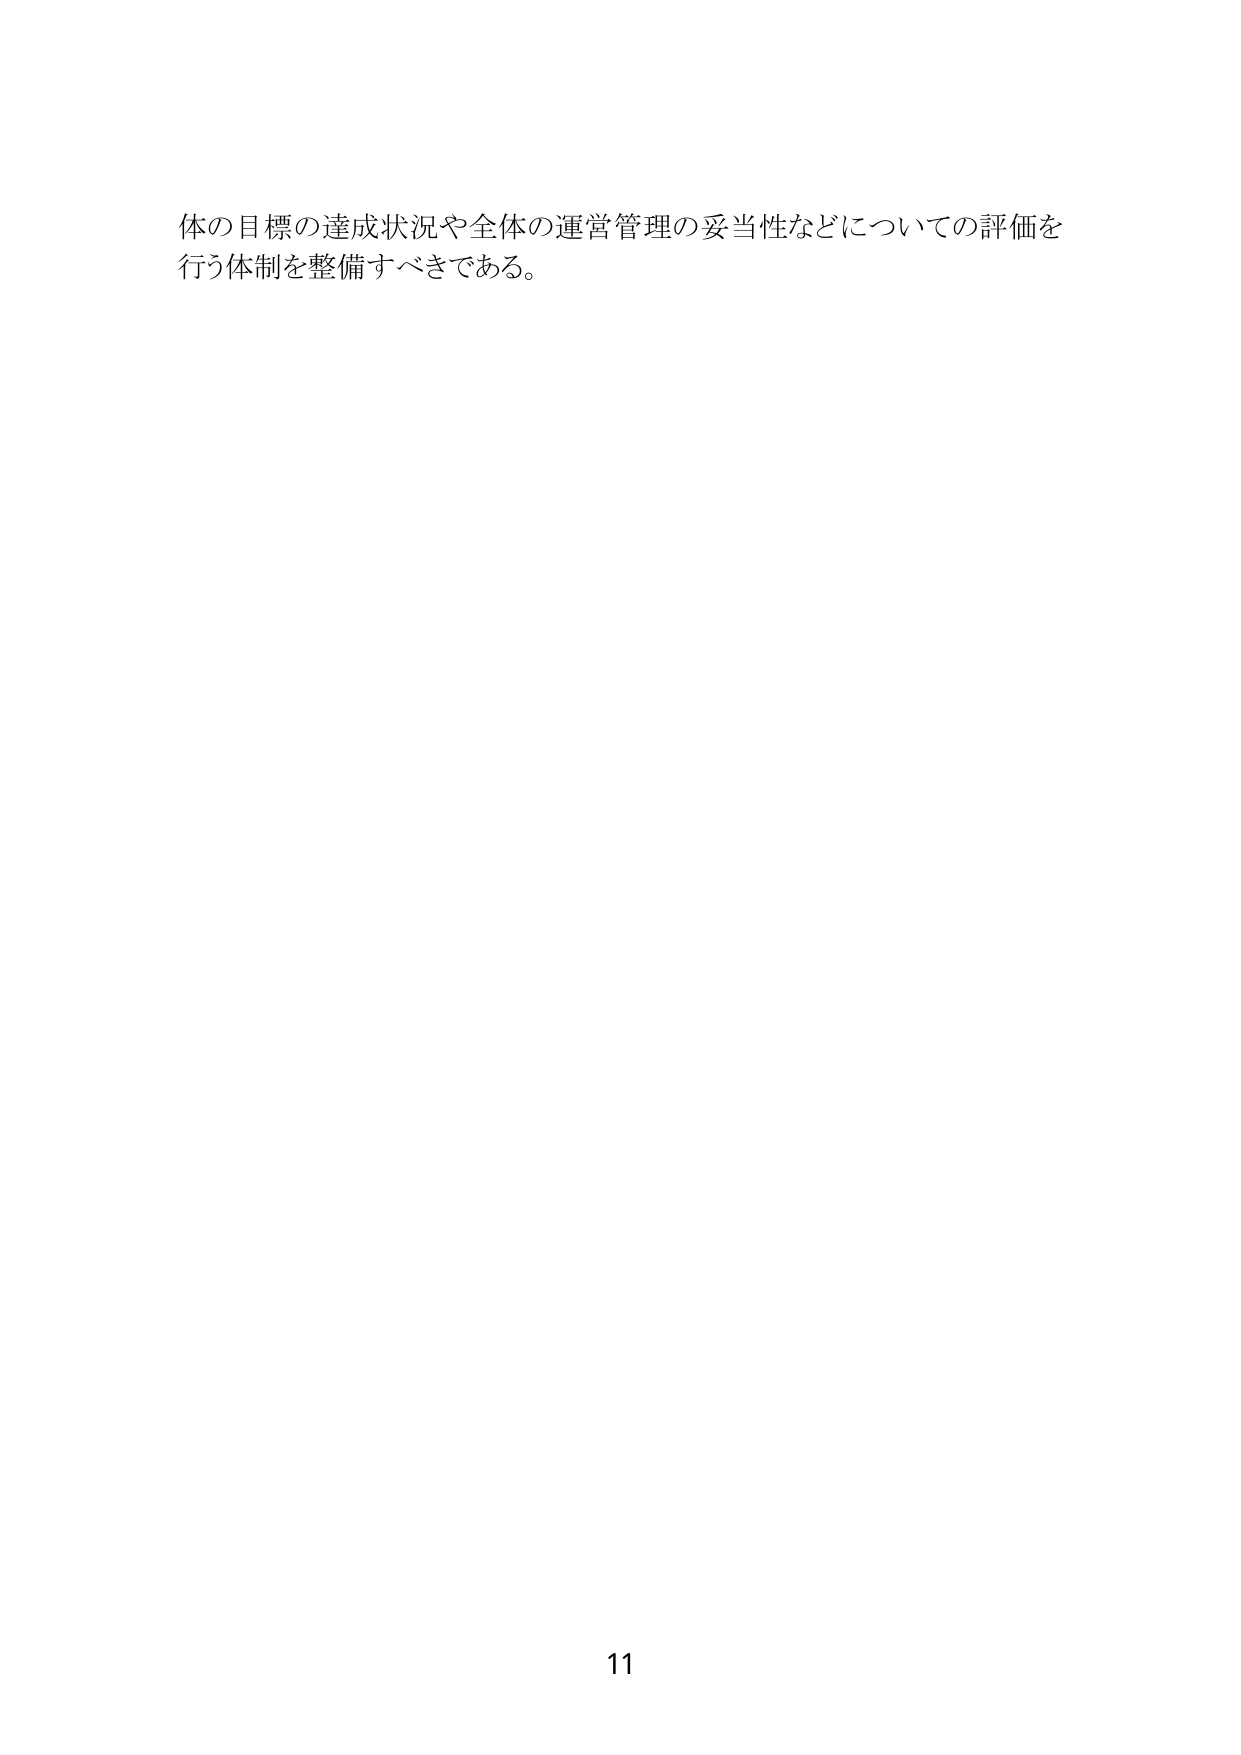
体の目標の達成状況や全体の運営管理の妥当性などについての評価を
行う体制を整備すべきである。

11